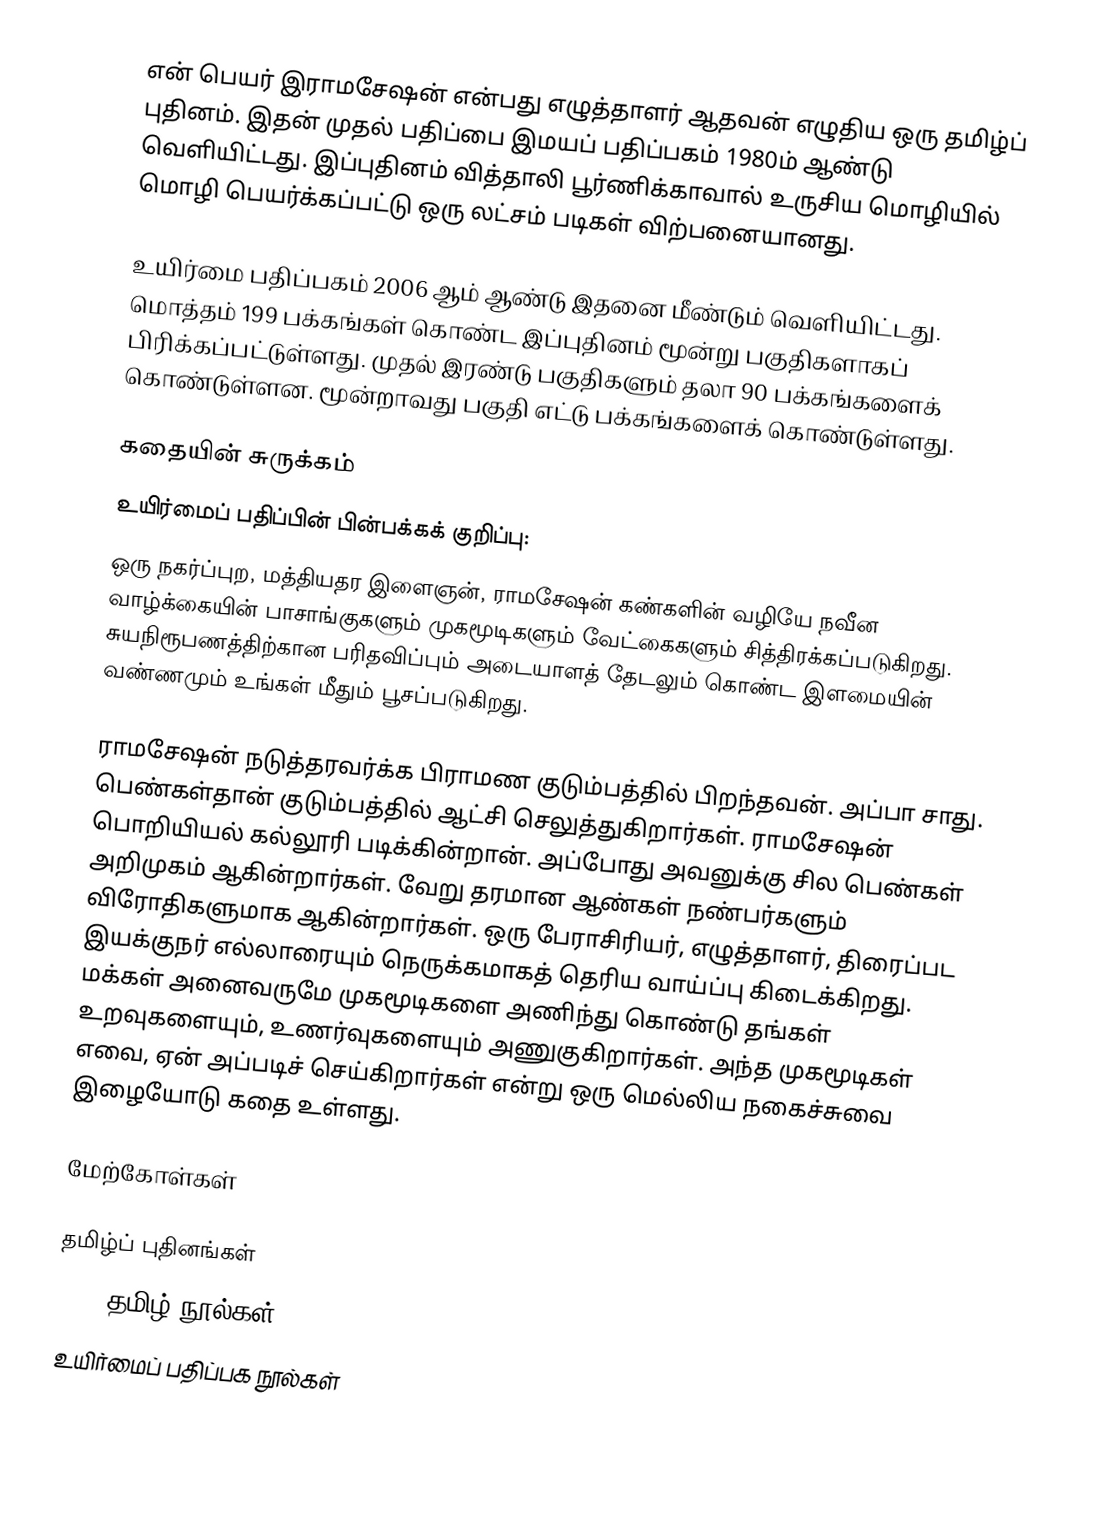
என் பெயர் இராமசேஷன் என்பது எழுத்தாளர் ஆதவன் எழுதிய ஒரு தமிழ்ப் புதினம். இதன் முதல் பதிப்பை இமயப் பதிப்பகம் 1980ம் ஆண்டு வெளியிட்டது. இப்புதினம் வித்தாலி பூர்ணிக்காவால் உருசிய மொழியில் மொழி பெயர்க்கப்பட்டு ஒரு லட்சம் படிகள் விற்பனையானது.

உயிர்மை பதிப்பகம் 2006 ஆம் ஆண்டு இதனை மீண்டும் வெளியிட்டது.  மொத்தம் 199 பக்கங்கள் கொண்ட இப்புதினம் மூன்று பகுதிகளாகப் பிரிக்கப்பட்டுள்ளது. முதல் இரண்டு பகுதிகளும் தலா 90 பக்கங்களைக் கொண்டுள்ளன. மூன்றாவது பகுதி எட்டு பக்கங்களைக் கொண்டுள்ளது.

கதையின் சுருக்கம்
உயிர்மைப் பதிப்பின் பின்பக்கக் குறிப்பு:
ஒரு நகர்ப்புற, மத்தியதர இளைஞன், ராமசேஷன் கண்களின் வழியே நவீன வாழ்க்கையின் பாசாங்குகளும் முகமூடிகளும் வேட்கைகளும் சித்திரக்கப்படுகிறது. சுயநிரூபணத்திற்கான பரிதவிப்பும் அடையாளத் தேடலும் கொண்ட இளமையின் வண்ணமும் உங்கள் மீதும் பூசப்படுகிறது.

ராமசேஷன் நடுத்தரவர்க்க பிராமண குடும்பத்தில் பிறந்தவன். அப்பா சாது. பெண்கள்தான் குடும்பத்தில் ஆட்சி செலுத்துகிறார்கள். ராமசேஷன் பொறியியல் கல்லூரி படிக்கின்றான். அப்போது அவனுக்கு சில பெண்கள் அறிமுகம் ஆகின்றார்கள். வேறு தரமான ஆண்கள் நண்பர்களும் விரோதிகளுமாக ஆகின்றார்கள். ஒரு பேராசிரியர், எழுத்தாளர், திரைப்பட இயக்குநர் எல்லாரையும் நெருக்கமாகத் தெரிய வாய்ப்பு கிடைக்கிறது. மக்கள் அனைவருமே முகமூடிகளை அணிந்து கொண்டு தங்கள் உறவுகளையும், உணர்வுகளையும் அணுகுகிறார்கள். அந்த முகமூடிகள் எவை, ஏன் அப்படிச் செய்கிறார்கள் என்று ஒரு மெல்லிய நகைச்சுவை இழையோடு கதை உள்ளது.

மேற்கோள்கள்

தமிழ்ப் புதினங்கள்
2006 தமிழ் நூல்கள்
உயிர்மைப் பதிப்பக நூல்கள்